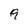
Character: 9